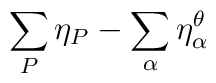
\sum_P\eta_P - \sum_\alpha \eta_\alpha^\theta